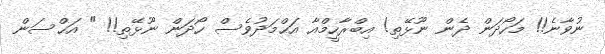
ނުވާނެ!! މަހޯދަން ދެން ނޫޅޭތި! އިބްރާހީމްއާ އަޙްމަދުވެސް ހޯދަން ނޫޅޭތި!! " އަޙްސަން